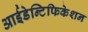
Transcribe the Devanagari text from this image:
आईडेन्टिफिकेशन